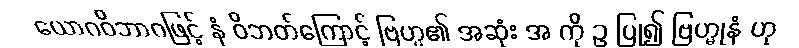
ယောဂဝိဘာဂဖြင့် နံ ဝိဘတ်ကြောင့် ဗြဟ္မ၏ အဆုံး အ ကို ဥ ပြု၍ ဗြဟ္မုနံ ဟု